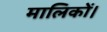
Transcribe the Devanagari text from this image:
मालिकों।